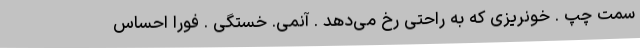
سمت چپ . خونریزی که به راحتی رخ می‌دهد . آنمی. خستگی . فوراً احساس